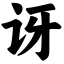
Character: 讶